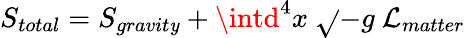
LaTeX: S_{total}=S_{gravit\mathit{y}}+\intd^{4}x~\sqrt{}{{-g}}~{\cal{L}}_{matter}